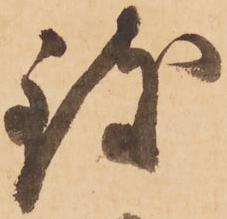
致